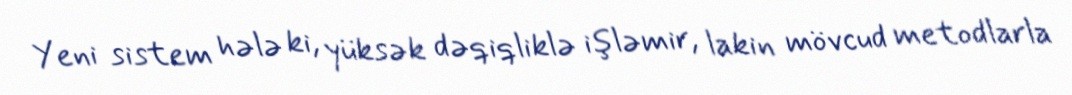
Yeni sistem hələ ki, yüksək dəqiqliklə işləmir, lakin mövcud metodlarla